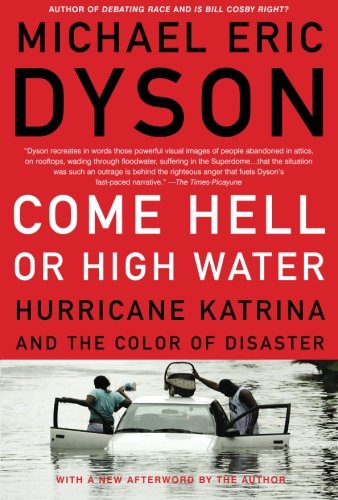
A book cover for Come Hell or High Water: Hurricane Katrina and the Color of Disaster; Michael Eric Dyson; Science & Math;